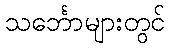
သင်္ဘောများတွင်